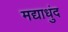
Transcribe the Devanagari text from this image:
मद्याधुंद